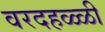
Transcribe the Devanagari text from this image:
वरदहळ्ळी